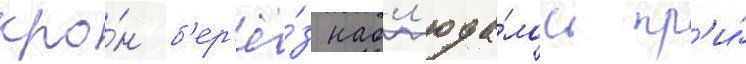
кро́н б'ер'ё́з набл'юда́лось пр'и́